Punjab Mental Hospital Lahore 1932-46 - 1932-1946
Year: 1932
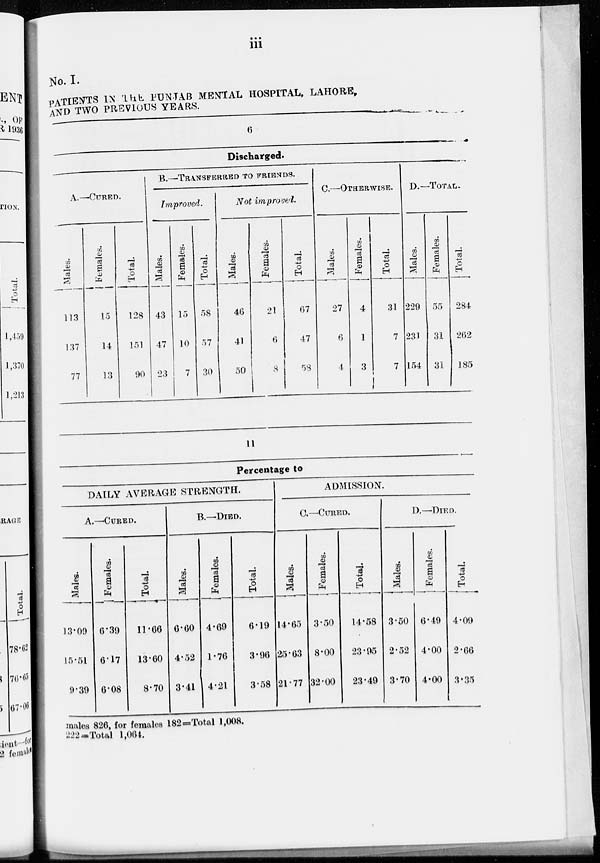
iii
No. I.
PATIENTS IN THE PUNJAB MENTAL HOSPITAL, LAHORE,
AND TWO PREVIOUS YEARS.
6
Discharged.
A.—CURED.
Males.
113
137
77
Females.
15
14
13
Total.
128
151
90
B.—TRANSFERRED TO FRIENDS.
Improved.
Males.
43
47
23
Females.
15
10
7
Total.
58
57
30
Not improved.
Males.
46
41
50
Females.
21
6
8
Total.
67
47
58
C.—OTHERWISE.
Males.
27
6
4
Females.
4
1
3
Total.
31
7
7
D.—TOTAL.
Males.
229
231
154
Females.
55
31
31
Total.
284
262
185
11
Percentage to
DAILY AVERAGE STRENGTH.
A.—CURED.
Males.
13.09
15.51
9.39
Females.
6.39
6.17
6.08
Total.
11.66
13.60
8.70
B.—DIED.
Males.
6.60
4.52
3.41
Females.
4.69
1.76
4.21
Total.
6.19
3.96
3.58
ADMISSION.
C.—CURED.
Males.
14.65
25.63
21.77
Females.
3.50
8.00
32.00
Total.
14.58
23.95
23.49
D.—DIED.
Males.
3.50
2.52
3.70
Females.
6.49
4.00
4.00
Total.
4.09
2.66
3.35
males 826, for females 182=Total 1,008.
222=Total 1,064.